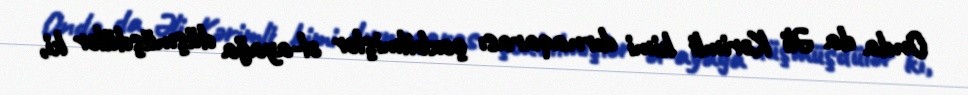
Onda da Əli Kərimli kimi dırnaqarası çoxbilmişlər əl-ayağa düşmüşdülər ki,